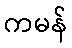
ကမန်